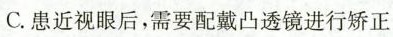
C.患近视眼后，需要配戴凸透镜进行矫正